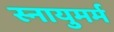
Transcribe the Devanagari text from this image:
स्नायुमर्म